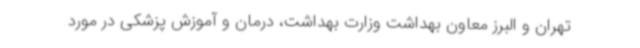
تهران و البرز معاون بهداشت وزارت بهداشت، درمان و آموزش پزشکی در مورد